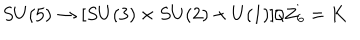
LaTeX: S U ( 5 ) \rightarrow [ S U ( 3 ) \times S U ( 2 ) \times U ( 1 ) ] / Z _ { 6 } = K